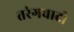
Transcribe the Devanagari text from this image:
तरंगवादी